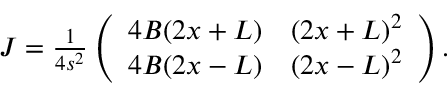
\begin{array} { r } { J = \frac 1 { 4 s ^ { 2 } } \left( \begin{array} { c c } { 4 B ( 2 x + L ) } & { \left( 2 x + L \right) ^ { 2 } } \\ { 4 B ( 2 x - L ) } & { \left( 2 x - L \right) ^ { 2 } } \end{array} \right) . } \end{array}